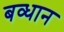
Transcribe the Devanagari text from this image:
बव्धान